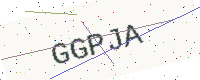
Text: GGPJA